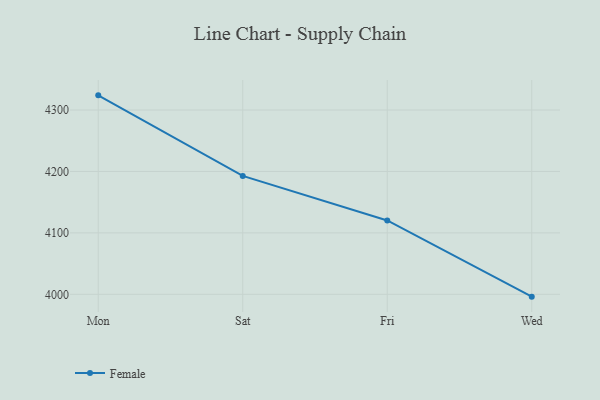
{"axis": {"x": "Day", "y": "Gross Profit (USD K)"}, "legend": ["Female"], "data": [{"x": "Mon", "y": 4323.9, "type": "Female"}, {"x": "Sat", "y": 4192.8, "type": "Female"}, {"x": "Fri", "y": 4120.3, "type": "Female"}, {"x": "Wed", "y": 3996.2, "type": "Female"}]}